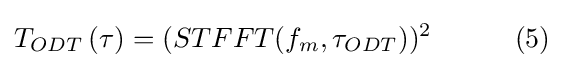
T_{ODT}\left(\tau \right)=(STFFT(f_{m},\tau _{ODT}))^{2}\qquad \quad (5)